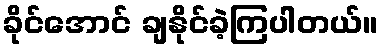
ခိုင်အောင် ချနိုင်ခဲ့ကြပါတယ်။